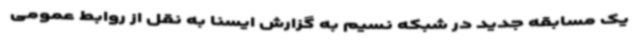
یک مسابقه جدید در شبکه نسیم به گزارش ایسنا به نقل از روابط عمومی